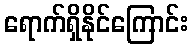
ရောက်ရှိနိုင်ကြောင်း